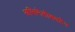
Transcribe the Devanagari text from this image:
असिनेतोबक्टेर